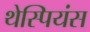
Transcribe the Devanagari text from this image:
थेस्पियंस